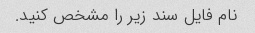
نام فایل سند زیر را مشخص کنید.